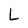
Character: L